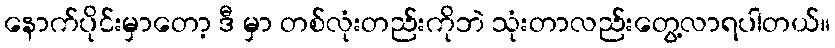
နောက်ပိုင်းမှာတော့ ဒီ မှာ တစ်လုံးတည်းကိုဘဲ သုံးတာလည်းတွေ့လာရပါတယ်။